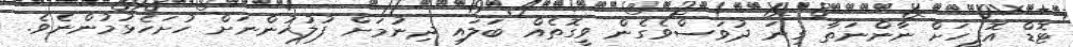
ޓޮޑް އޮފީހަށް ނާންނަތާ ގިނަ ދުވަސްވެގެން ވީގޮތެއް ބަލައި ދިނުމަށް ފުލުހުންނަށް ހުށަހެޅުމުންނެވެ.